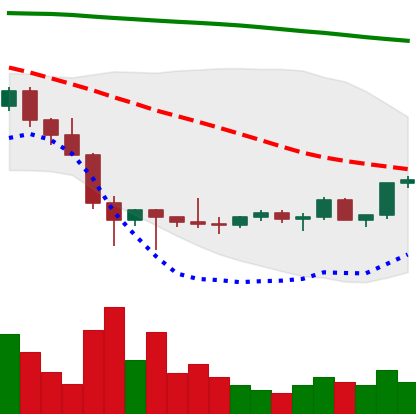
Ticker: LTC-USD
Chart end date: 2022-02-05
Forward return: 10.804%
Label: up_7plus